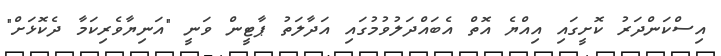
އިސްކަންދަރު ކޮށީގައި އިއްޔެ އޮތް އެބައްދަލުވުމުގައި އަދާލަތު ޕާޓީން ވަނީ "އަނިޔާވެރިކަމާ ދެކޮޅަށް"